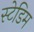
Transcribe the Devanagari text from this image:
स्टेडिम